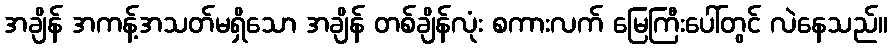
အချိန် အကန့်အသတ်မရှိသော အချိန် တစ်ချိန်လုံး စကားလက် မြေကြီးပေါ်တွင် လဲနေသည်။